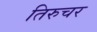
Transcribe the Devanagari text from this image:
तिरुचर